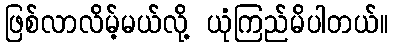
ဖြစ်လာလိမ့်မယ်လို့ ယုံကြည်မိပါတယ်။